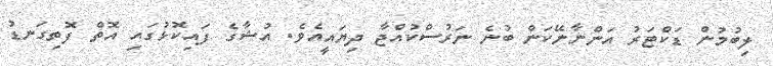
ލިބުމުން ޑަކްޓަރު އަންނާނޭކަން ބުނެ ނަރުސްކުއްޖާ ދިޔައީއެވެ. އުޝާގެ ފައިކޮޅުގައި އޮތް ފޮތިގަނޑު